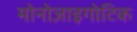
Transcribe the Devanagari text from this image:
मोनोज़ाइगोटिक